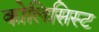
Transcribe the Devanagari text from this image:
कोलिसिस्ट